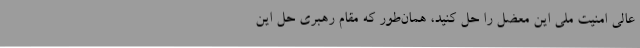
عالی امنیت ملی این معضل را حل کنید، همان‌طور که مقام رهبری حل این